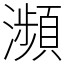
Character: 瀕